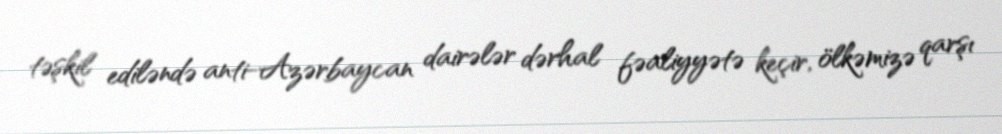
təşkil ediləndə anti-Azərbaycan dairələr dərhal fəaliyyətə keçir, ölkəmizə qarşı